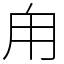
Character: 甪